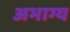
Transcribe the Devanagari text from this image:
अभाग्य